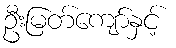
ဦးမြတ်ကျော်နှင့်